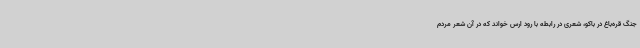
جنگ قره‌باغ در باکو، شعری در رابطه با رود ارس خواند که در آن شعر مردم